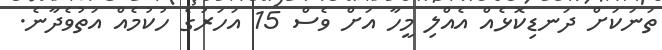
ތަނަކަށް ދަނޑިކޮޅެއް އެއްލި މީހާ އަށް ވެސް 15 އަހަރުގެ ހުކުމެއް އަތުވެދާނެ.